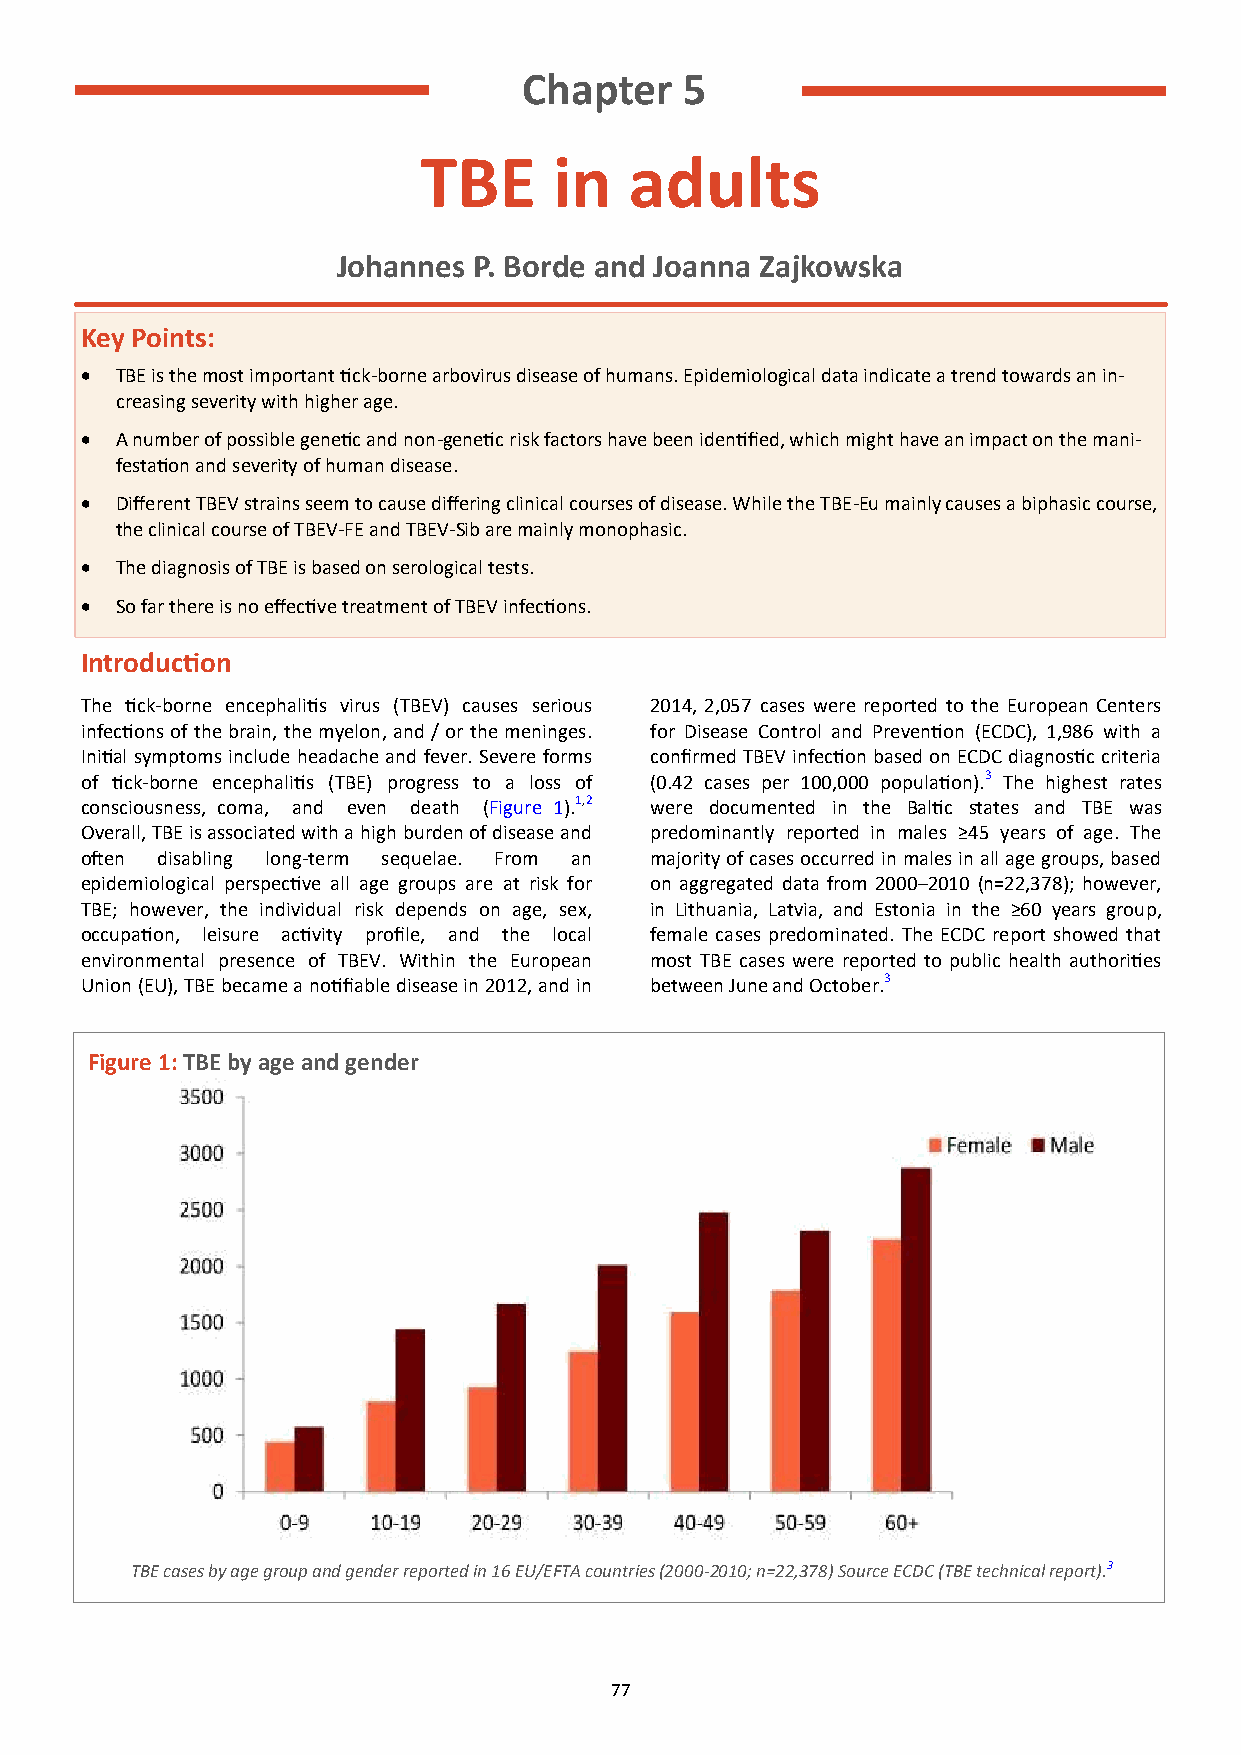
Chapter   5
 TBE      in   adults
 Johannes P. Borde and Joanna Zajkowska
 Key Points:
 •  TBE is the most important tick-borne arbovirus disease of humans. Epidemiological data indicate a trend towards an in-
 creasing severity with higher age.
 •  A number of possible genetic and non-genetic risk factors have been identified, which might have an impact on the mani-
 festation and severity of human disease.
 •  Different TBEV strains seem to cause differing clinical courses of disease. While the TBE-Eu mainly causes a biphasic course,
 the clinical course of TBEV-FE and TBEV-Sib are mainly monophasic.
 •  The diagnosis of TBE is based on serological tests.
 •  So far there is no effective treatment of TBEV infections.
 Introduction
 The tick-borne encephalitis virus (TBEV) causes serious 2014, 2,057 cases were reported to the European Centers
 infections of the brain, the myelon, and / or the meninges. for Disease Control and Prevention (ECDC), 1,986 with a
 Initial symptoms include headache and fever. Severe forms confirmed TBEV infection based on ECDC diagnostic criteria
 of tick-borne encephalitis (TBE) progress to a loss of (0.42 cases per 100,000 population).3 The highest rates
 consciousness, coma, and even death (Figure 1).1,2 were documented in the Baltic states and TBE was
 Overall, TBE is associated with a high burden of disease and predominantly reported in males ≥45 years of age. The
 often disabling long-term sequelae. From an majority of cases occurred in males in all age groups, based
 epidemiological perspective all age groups are at risk for on aggregated data from 2000–2010 (n=22,378); however,
 TBE; however, the individual risk depends on age, sex, in Lithuania, Latvia, and Estonia in the ≥60 years group,
 occupation, leisure activity profile, and the local female cases predominated. The ECDC report showed that
 environmental presence of TBEV. Within the European most TBE cases were reported to public health authorities
 Union (EU), TBE became a notifiable disease in 2012, and in between June and October.3
 Figure 1: TBE by age and gender
 TBE cases by age group and gender reported in 16 EU/EFTA countries (2000-2010; n=22,378) Source ECDC (TBE technical report).3
 77